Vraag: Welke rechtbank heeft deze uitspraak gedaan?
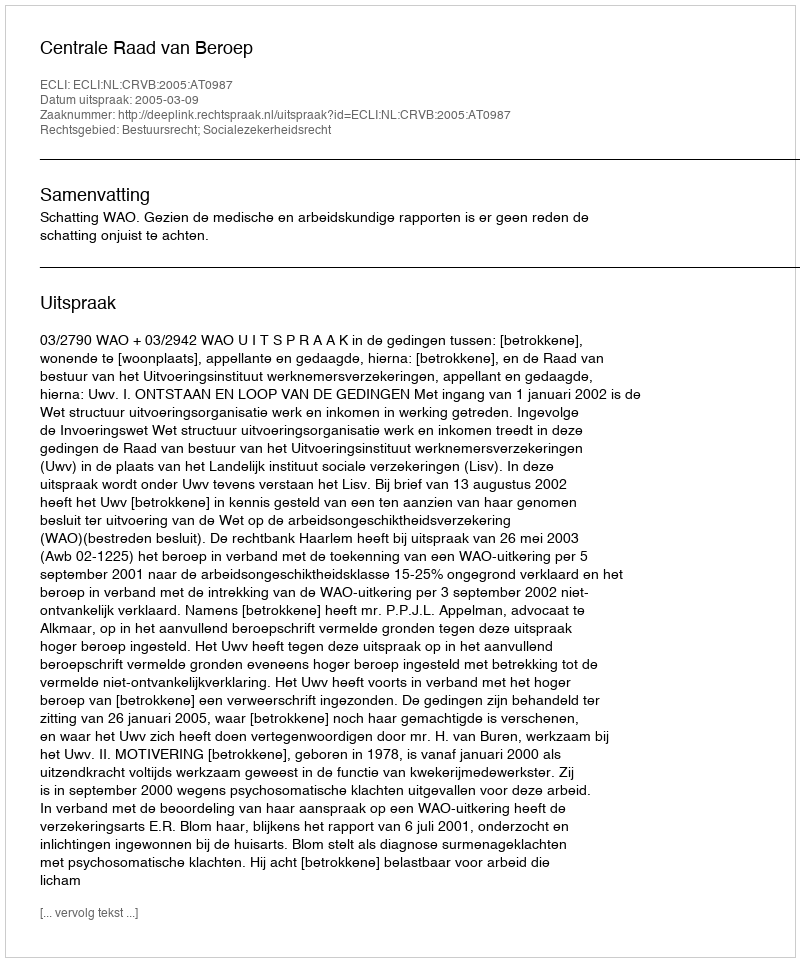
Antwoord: Centrale Raad van Beroep